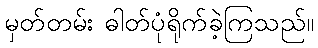
မှတ်တမ်း ဓါတ်ပုံရိုက်ခဲ့ကြသည်။